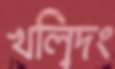
খল্বিদং